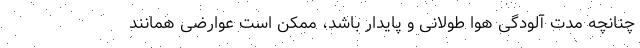
چنانچه مدت آلودگی هوا طولانی و پایدار باشد، ممکن است عوارضی همانند